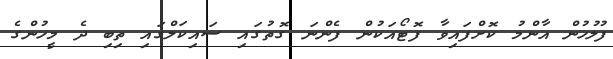
ފުލުހުން އާންމު ކޮށްފައިވާ ފޮޓޯއަކުން ފެންނަ ގޮތުގައި ސައިކަލްގައި ތިބި ދެ މީހުންގެ